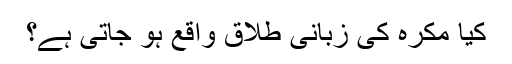
كيا مُكْرَہ کی زبانی طلاق واقع ہو جاتی ہے؟